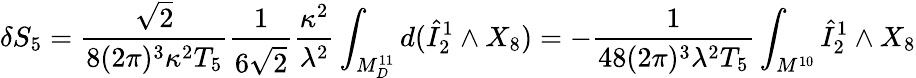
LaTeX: \delta S_{5}=\frac{\sqrt{2}}{8(2\pi)^{3}\kappa^{2}T_{5}}\frac{1}{6\sqrt{2}}\frac{\kappa^{2}}{\lambda^{2}}\int_{M_{D}^{11}}d(\hat{I}_{2}^{1}\wedge X_{8})=-\frac{1}{48(2\pi)^{3}\lambda^{2}T_{5}}\int_{M^{10}}\hat{I}_{2}^{1}\wedge X_{8}